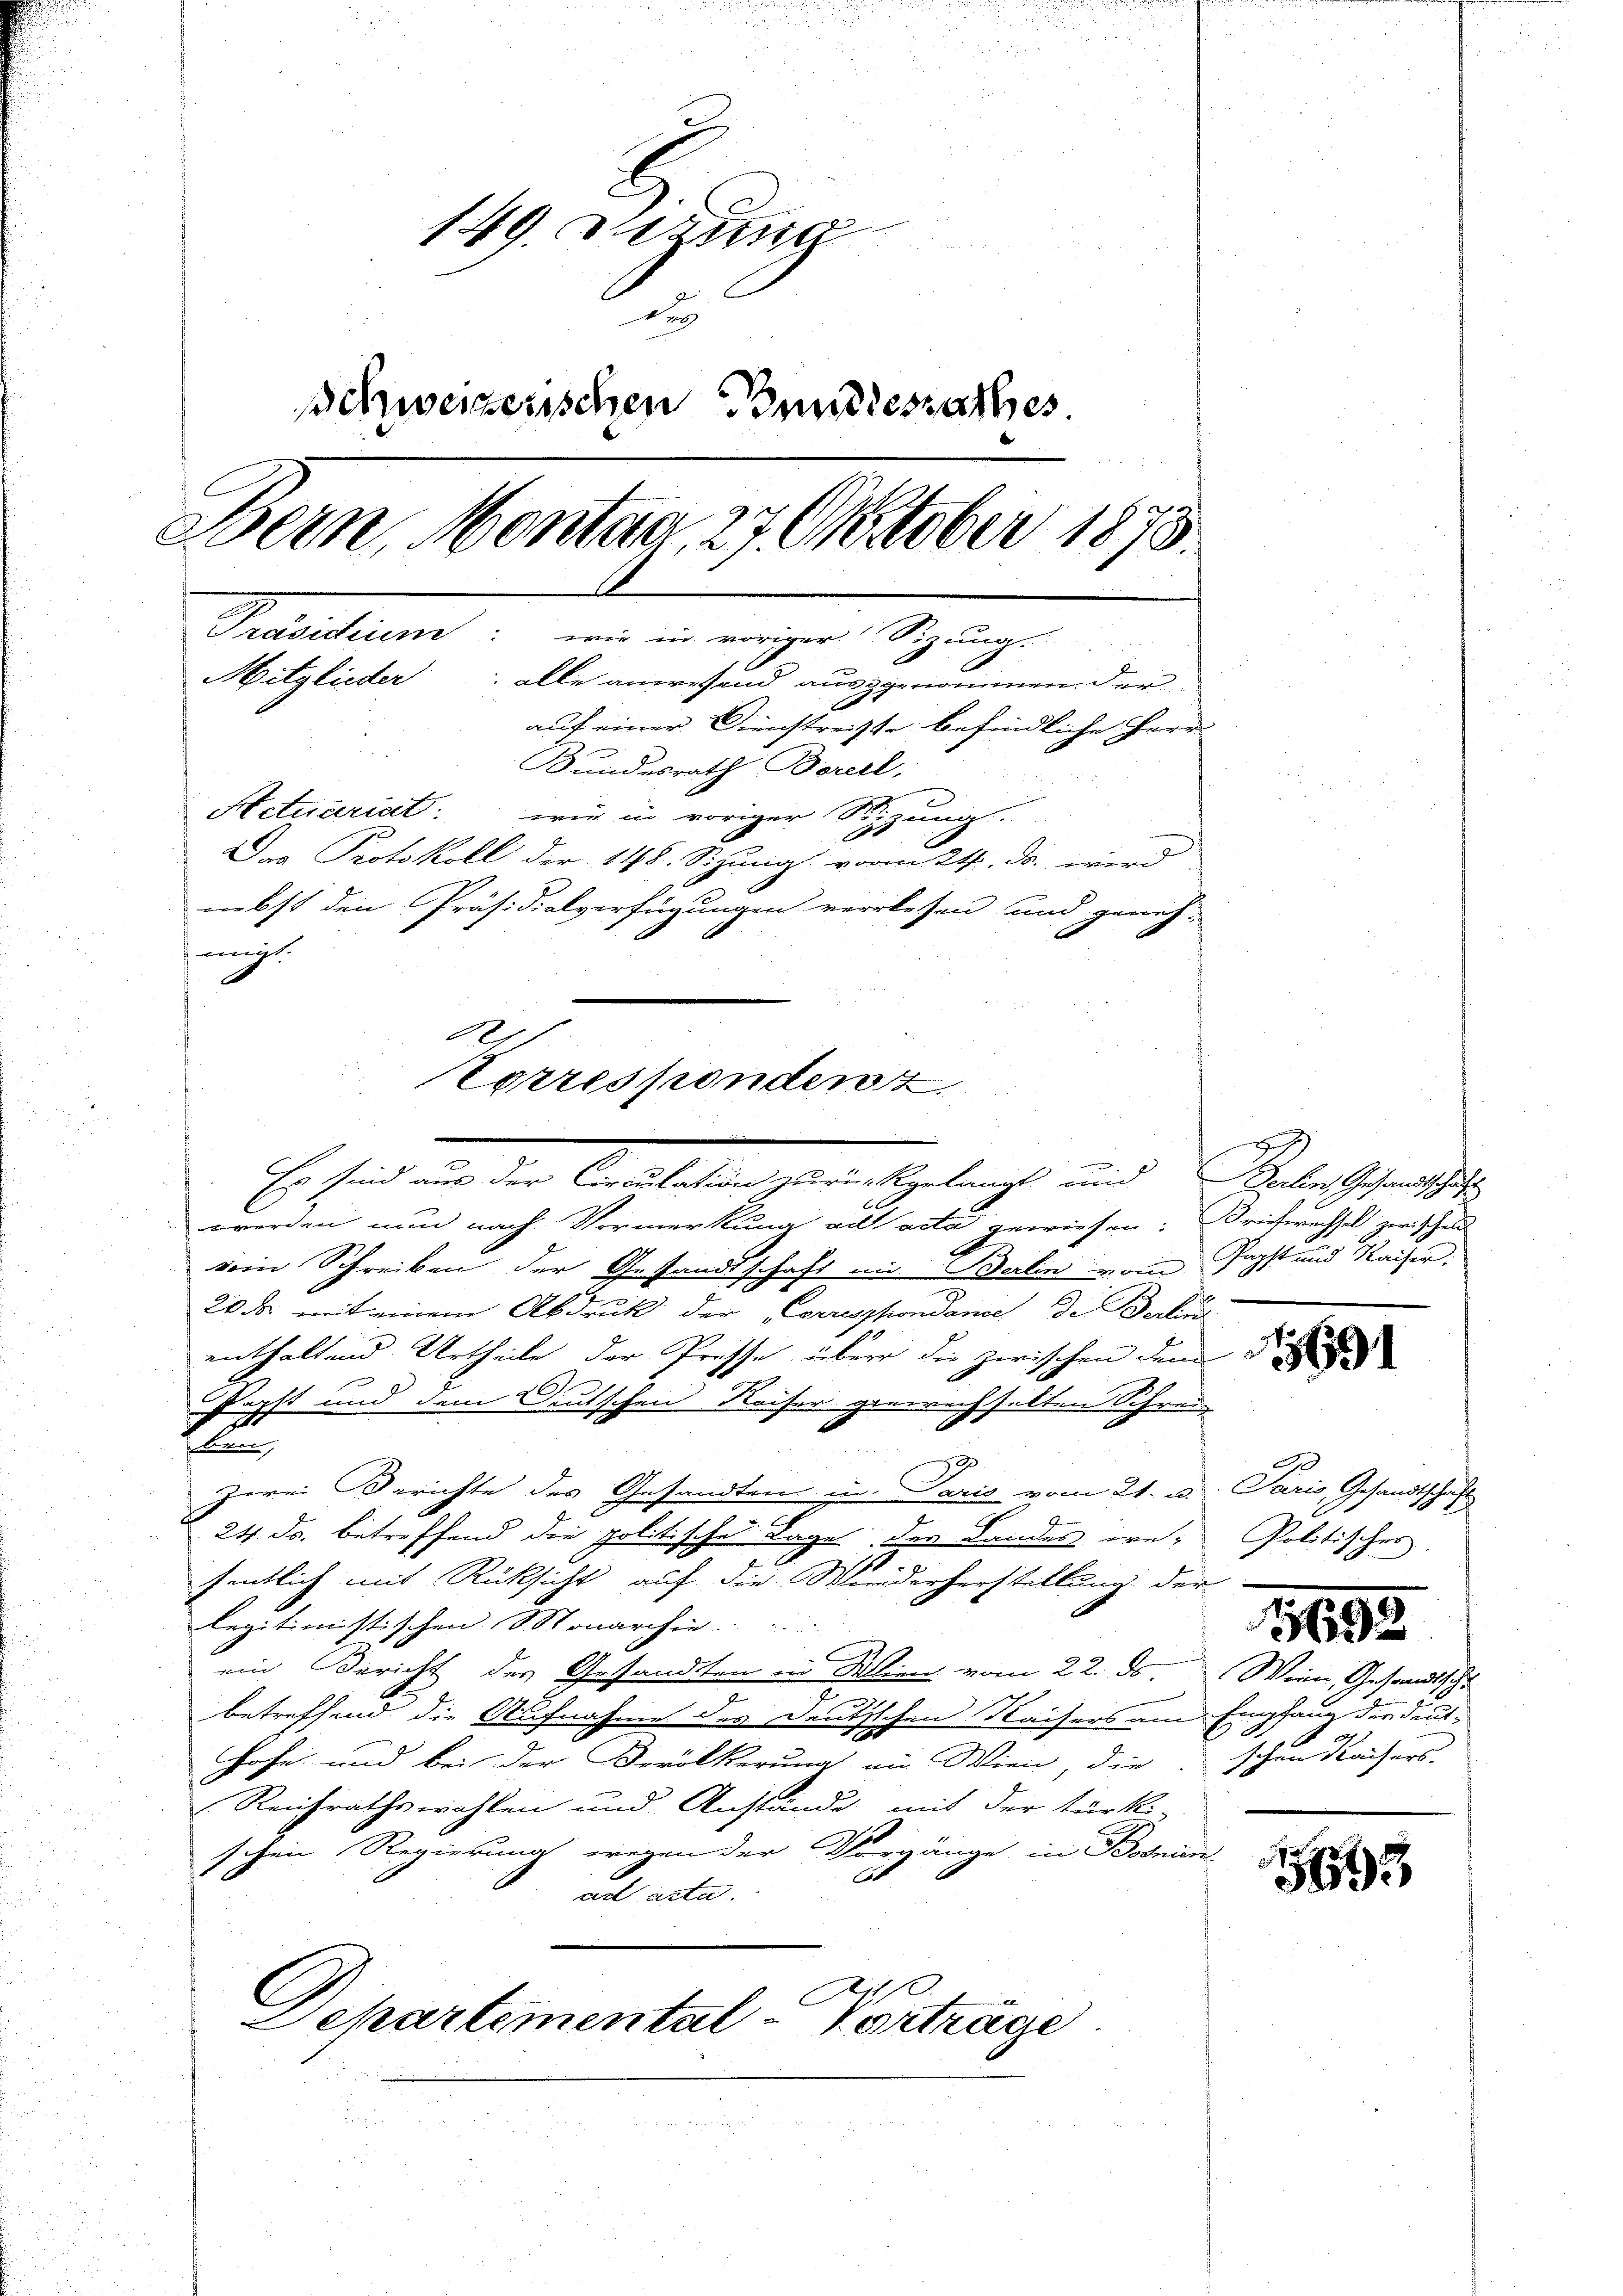
149. Der
schweizerischen Bundesrathes.
Bern, Montag, 27. Oktober 1875.
Präsidier: wie in voriger Sizung.
Mitglieder: alle anwesend auszgenommen der
auf einer Dienstreise befindliche Herr
Bundesrath Borell,
Actuariat wir in voriger Stizung
Das Protokoll der 148. Sizung vom 24. ds. wird
nebst den Präsidialverfügungen verlesen und geneh-

einigt.

1
Torrespondert
-
Es sind aus der Circulation zurückgelangt und Verlin, Gesandtschaft

6 x
werden nun nach Vormerkung ad acta gewiesen: Briefwechsel zwischen
voin Schreiben der Gesandtschaft in Berlin vom Tagst und Kaiser,
20 Fr. mit einem Abdruck der errespondance de Deckun
enthaltend Urtheile der Prosse über die zwischen dem
Kopft und dem Deutschen Kaiser gewechselten Schrei

flanz
79
zwei Gerichte des Gesandten in Paris vom 21. v. Paris, Gesandtschaft
24 ds. betreffend die politische Lage des Landes ere-
fentlich mit Rücksicht auf die Wiederherstellung der
legitimistischen Monarchie
ein Bericht des Gesandten in Wien vom 22. ds. Wein, Gesandtscha
n
betreffend die Aufnahme des Deut
schen Kaisers am Empfang die deuthofe und bei der Bevölkerung in Wien, die
Reichrathswahlen und Anstände, mit der türki-
schen Regierung wegen der Vorgänge in Bosnien
ad acte.

Separtemental-Vorträge

.

1691

Politisches.

.
schen Kaisers.

3693

5893